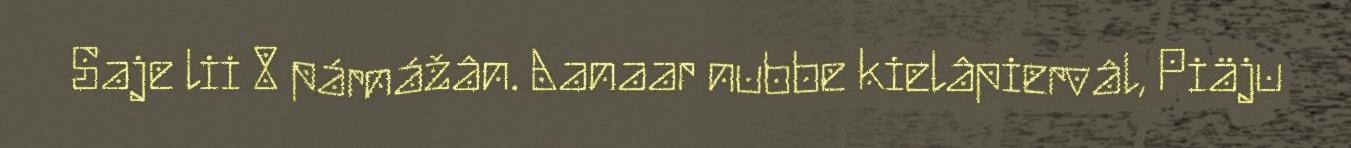
Saje lii 8 párnážân. Aanaar nubbe kielâpiervâl, Piäju